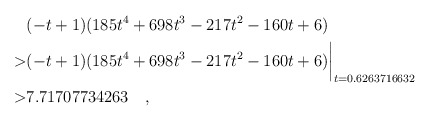
\begin{align*} & (-t+1)(185t^4+698t^3-217t^2-160t+6) \\> & (-t+1)(185t^4+698t^3-217t^2-160t+6)\biggr\rvert_{t=0.6263716632} \\> & 7.71707734263 \quad , \end{align*}